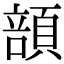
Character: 䫓